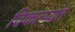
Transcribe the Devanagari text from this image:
विकल्प्यंते